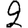
Digit: 2